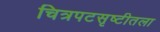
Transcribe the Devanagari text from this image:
चित्रपटसृष्टीतला